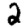
Digit: 2